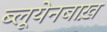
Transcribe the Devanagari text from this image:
ब्लूयेनबाख़